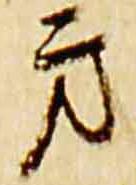
方